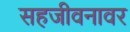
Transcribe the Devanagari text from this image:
सहजीवनावर